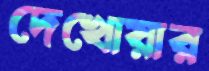
দেখোয়ার